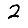
Digit: 2